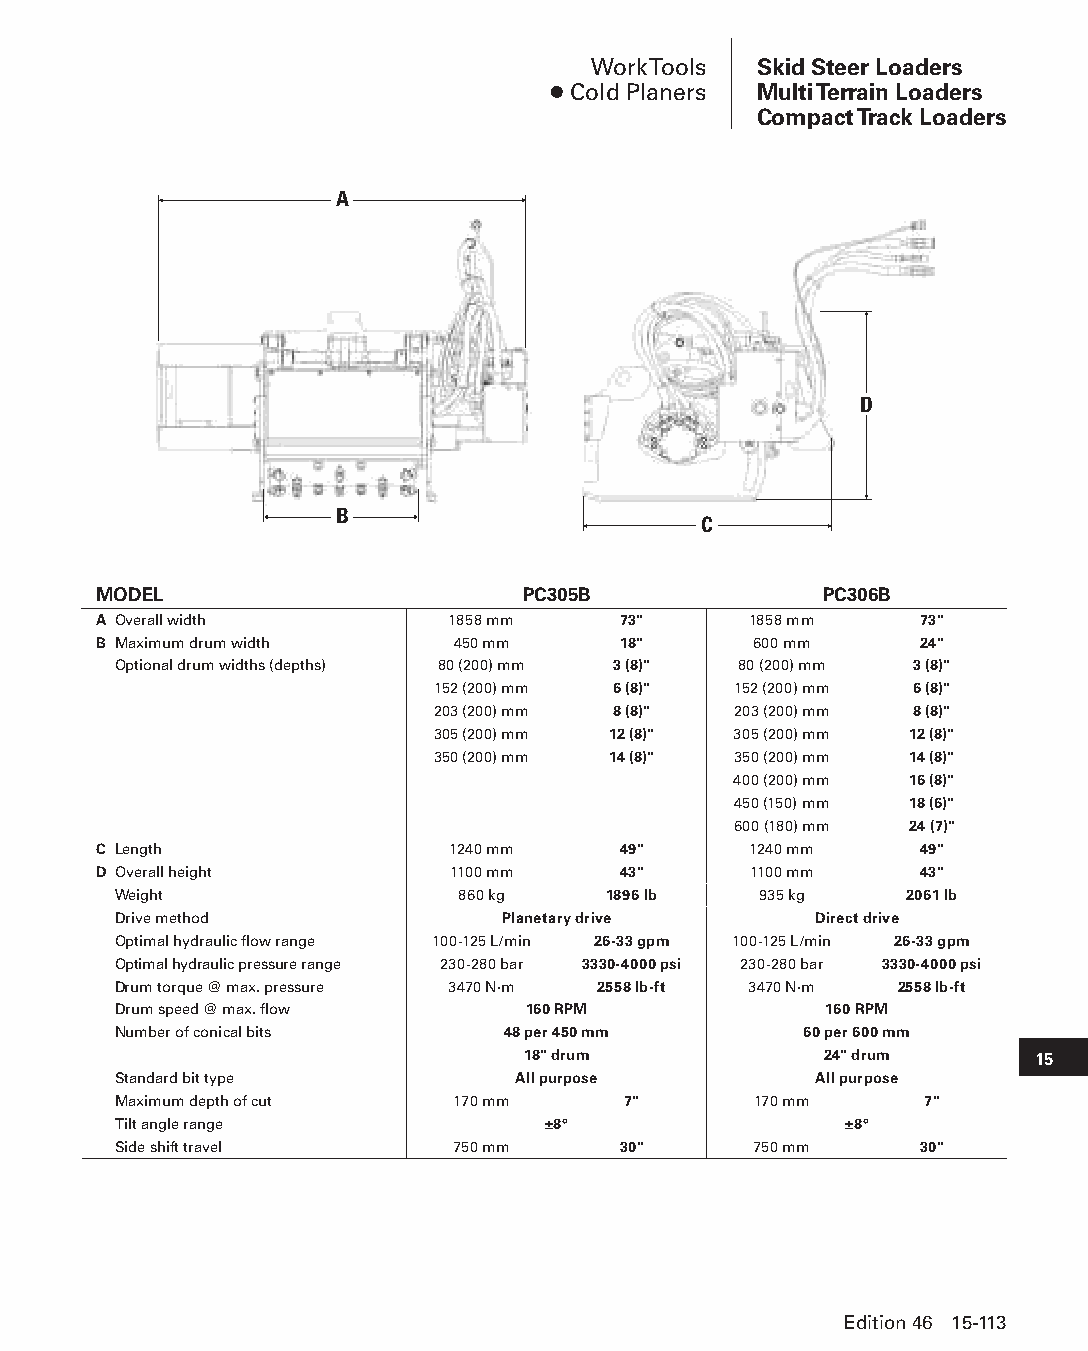
Work Tools Skid Steer Loaders
 ● Cold Planers Multi Terrain Loaders
 Compact Track Loaders
 A
 D
 B
 C
 MODEL                       PC305B              PC306B
 A Overall width        1858 mm    73"      1858 mm    73"
 B Maximum drum width   450 mm     18"      600 mm     24"
 Optional drum widths (depths) 80 (200) mm 3 (8)" 80 (200) mm 3 (8)"
 152 (200) mm 6 (8)" 152 (200) mm 6 (8)"
 203 (200) mm 8 (8)" 203 (200) mm 8 (8)"
 305 (200) mm 12 (8)" 305 (200) mm 12 (8)"
 350 (200) mm 14 (8)" 350 (200) mm 14 (8)"
 400 (200) mm 16 (8)"
 450 (150) mm 18 (6)"
 600 (180) mm 24 (7)"
 C Length               1240 mm    49"      1240 mm    49"
 D Overall height       1100 mm    43"      1100 mm    43"
 Weight                 860 kg   1896 lb    935 kg   2061 lb
 Drive method              Planetary drive     Direct drive
 Optimal hydraulic flow range 100-125 L/min 26-33 gpm 100-125 L/min 26-33 gpm
 Optimal hydraulic pressure range 230-280 bar 3330-4000 psi 230-280 bar 3330-4000 psi
 Drum torque @ max. pressure 3470 N·m 2558 lb-ft 3470 N·m 2558 lb-ft
 Drum speed @ max. flow     160 RPM             160 RPM
 Number of conical bits    48 per 450 mm       60 per 600 mm
 18" drum            24" drum      15
 Standard bit type         All purpose         All purpose
 Maximum depth of cut  170 mm      7"      170 mm      7"
 Tilt angle range            ±8°                 ±8°
 Side shift travel     750 mm     30"      750 mm     30"
 Edition 46 15-113
 PPHHBB--SSeecc1155--1166..iinndddd 111133                      1122//44//1155 1100::5511 AAMM